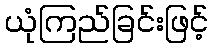
ယုံကြည်ခြင်းဖြင့်